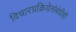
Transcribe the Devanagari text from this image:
विचारप्रक्रियेसंबंधीही